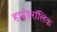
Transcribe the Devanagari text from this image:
हाईड्रॉलिक